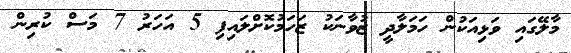
މާލޭގައި ވަޅިއަކުން ހަމަލާދީ ޒުވާނަކު ޒަހަމުކޮށްލައިފި 5 އަހަރު 7 މަސް ކުރިން